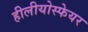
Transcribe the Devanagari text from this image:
हीलीयोस्फेयर